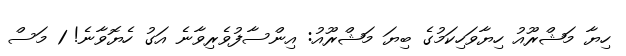
ހިޔާ މަޝްރޫއު ހިޔާވަހިކަމުގެ ބިޔަ މަޝްރޫއު: އިންސާފުވެރިވާނެ އަގު ހެޔޮވާނެ! 1 މަސް